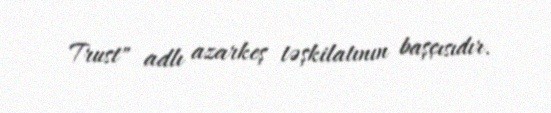
Trust" adlı azarkeş təşkilatının başçısıdır.